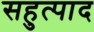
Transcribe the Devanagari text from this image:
सहुत्पाद